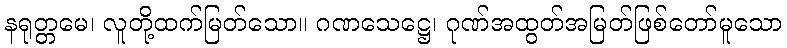
နရုတ္တမေ၊ လူတို့ထက်မြတ်သော။ ဂဏသေဋ္ဌေ၊ ဂုဏ်အထွတ်အမြတ်ဖြစ်တော်မူသော